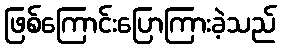
ဖြစ်ကြောင်းပြောကြားခဲ့သည်